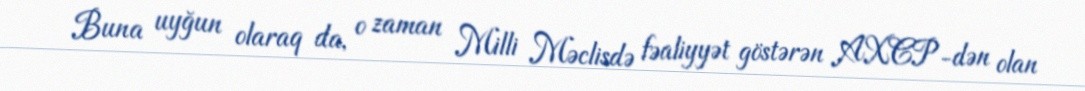
Buna uyğun olaraq da, o zaman Milli Məclisdə fəaliyyət göstərən AXCP-dən olan